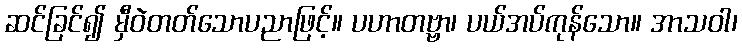
ဆင်ခြင်၍ မှီဝဲတတ်သောပညာဖြင့်။ ပဟာတဗ္ဗာ၊ ပယ်အပ်ကုန်သော။ အာသဝါ၊